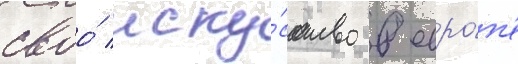
своо́ иску́сство в евро́п'е